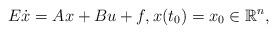
LaTeX: \begin{align*}E \dot x= A x+ B u + f,x(t_0)={x_0}\in{\mathbb R}^{n},\end{align*}